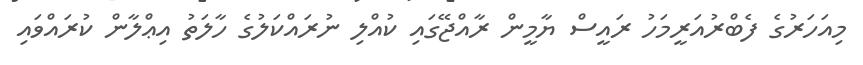
މިއަހަރުގެ ފެބްރުއަރީމަހު ރައީސް ޔާމީން ރާއްޖޭގައި ކުއްލި ނުރައްކަލުގެ ހާލަތު އިޢްލާން ކުރައްވައި